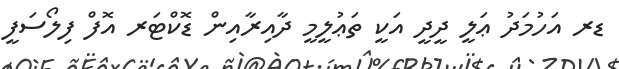
ޑރ އަހުމަދު ޢަލީ ދީދީ އަކީ ތަޢުލީމީ ދާއިރާއިން ޑޮކްޓަރ އޮފް ފިލޯސަފީ